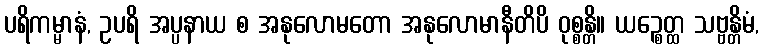
ပရိကမ္မာနံ, ဥပရိ အပ္ပနာယ စ အနုလောမတော အနုလောမာနီတိပိ ဝုစ္စန္တိ။ ယဉ္စေတ္ထ သဗ္ဗန္တိမံ,